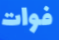
فوات